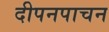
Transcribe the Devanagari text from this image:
दीपनपाचन